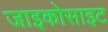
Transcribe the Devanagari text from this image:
जाइकोसाइट